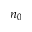
n _ { 0 }